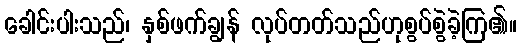
ခေါင်းပါးသည်၊ နှစ်ဖက်ချွန် လုပ်တတ်သည်ဟုစွပ်စွဲခဲ့ကြ၏။